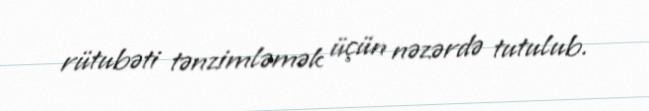
rütubəti tənzimləmək üçün nəzərdə tutulub.